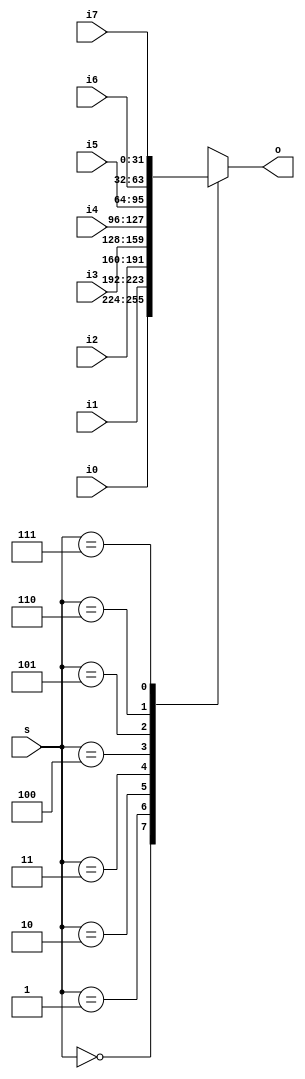
/**
 * Multiplexer
 * 1 from 8
 * @author Zengkai Jiang
 * @date 2018.10.05
 */


module MUX8T1#(
    parameter WIDTH = 32
    )(
    input wire [2:0] s,
    input wire [WIDTH-1:0] i0, i1, i2, i3, i4, i5, i6, i7,
    output reg [WIDTH-1:0] o
    );


always @ * begin
    case (s)
        3'b000: o <= i0;
        3'b001: o <= i1;
        3'b010: o <= i2;
        3'b011: o <= i3;
        3'b100: o <= i4;
        3'b101: o <= i5;
        3'b110: o <= i6;
        3'b111: o <= i7;
    endcase
end


endmodule